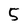
Character: 5